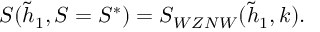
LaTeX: S ( \tilde { h } _ { 1 } , S = S ^ { * } ) = S _ { W Z N W } ( \tilde { h } _ { 1 } , k ) .